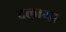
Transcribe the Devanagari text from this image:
दलाया